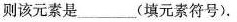
则该元素是___(填元素符号)。